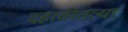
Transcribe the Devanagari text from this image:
दहावीतल्या